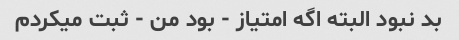
بد نبود البته اگه امتیاز - بود من - ثبت میکردم